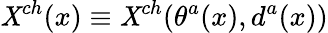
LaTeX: \mathit{X}^{ch}(x)\equiv\mathit{X}^{ch}(\theta^{a}(x),d^{a}(x))